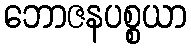
ဘောဇနပစ္စယာ